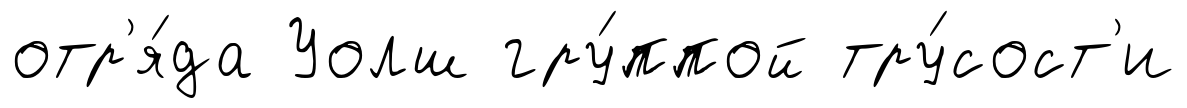
отр'я́да Уолш гру́ппой тру́сост'и